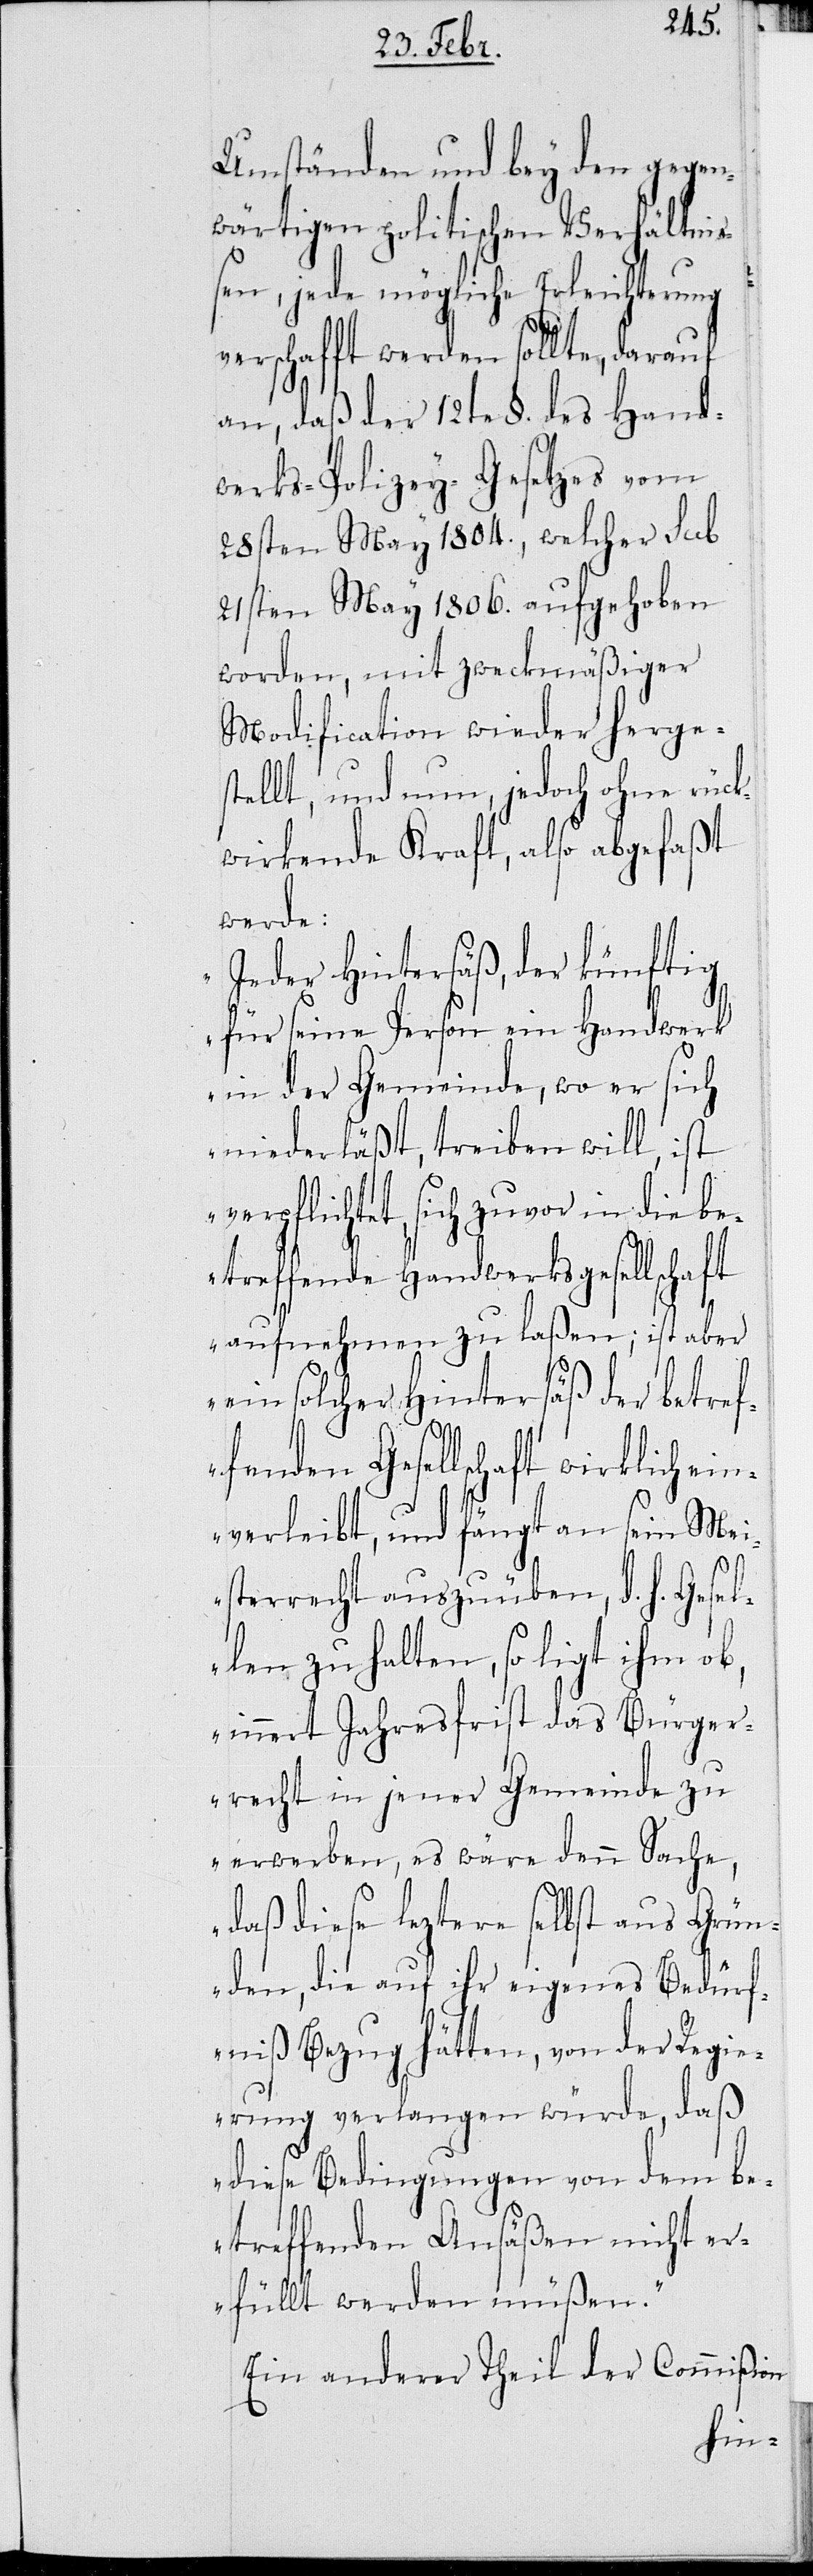
Umständen und bey den gegen¬
wärtigen politischen Verhältni¬
ßen, jede mögliche Erleichterung
verschafft werden sollte, darauf
an, daß der 12te §. des Hand¬
werks-Polizey-Gesetzes vom
28sten März 1804., welcher sub
21sten März 1806. aufgehoben
worden, mit zweckmäßiger
Modification wieder herges¬
tellt, und nun, jedoch ohne rück¬
wirkende Kraft, also abgefaßt
werde:
„Jeder Hintersäß, der künftig
für seine Person ein Handwerk
in der Gemeinde, wo er sich
niederläßt, treiben will, ist
verpflichtet, sich zuvor in die be¬
treffende Handwerksgesellschaft
aufnehmen zu laßen; ist aber
ein solcher Hintersäß der betref¬
fenden Gesellschaft wirklich ei¬
nverleibt, und fängt an sein Mei¬
sterrecht auszuüben, d. h. Gesel¬
len zu halten, so ligt ihm ob,
innert Jahresfrist das Bürger¬
recht in jener Gemeinde zu
erwerben, es wäre denn Sache,
daß diese leztere selbst aus Grün¬
den, die auf ihr eigenes Bedürf¬
niß Bezug hätten, von der Regie¬
rung verlangen würde, daß
diese Bedingungen von dem b¬
etreffenden Ansäßen nicht er¬
füllt werden müßen.“
Ein anderer Theil der Commißion